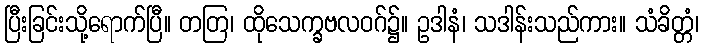
ပြီးခြင်းသို့ရောက်ပြီ။ တတြ၊ ထိုသေက္ခဗလဝဂ်၌။ ဥဒါနံ၊ သဒါန်းသည်ကား။ သံခိတ္တံ၊